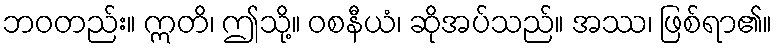
ဘဝတည်း။ ဣတိ၊ ဤသို့။ ဝစနီယံ၊ ဆိုအပ်သည်။ အဿ၊ ဖြစ်ရာ၏။